Madras plague regulations in force outside the Presidency town - Volume 7
Disease focus: Plague
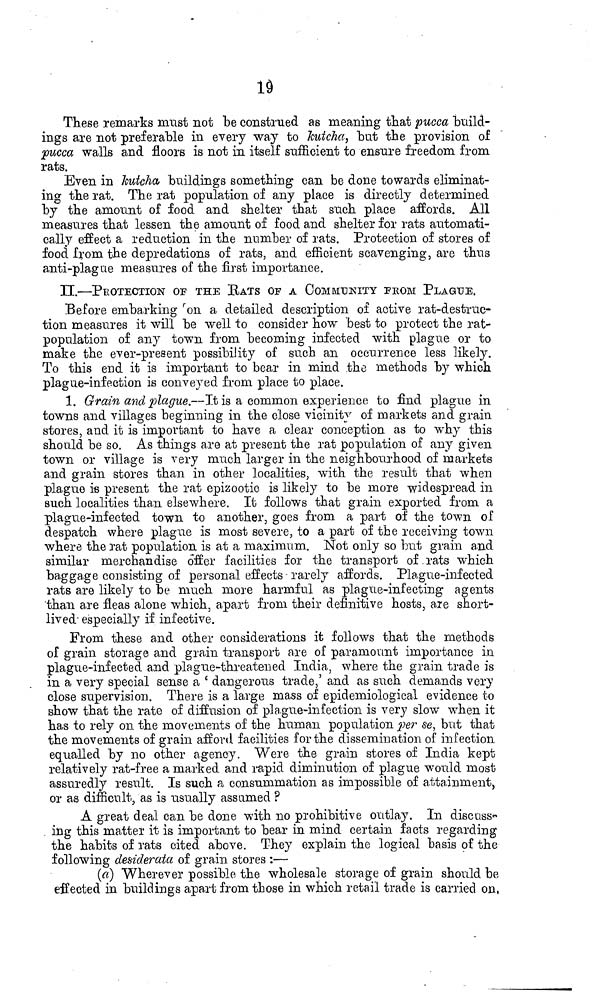
10
These remarks must not be construed as meaning that pucca "build-
ings are not preferable in every way to kutcha, but the provision of
pucca walls and floors is not in itself siifficient to ensure freedom from
rats.
Even in kutcha buildings something can be done towards eliminat-
ing the rat. The rat population of any place is directly determined
by the amount of food and shelter that such place affords. All
measures that lessen the amount of food and shelter for rats automati-
cally effect a reduction in the number of rats. Protection of stores of
food from the depredations of rats, and efficient scavenging, are thus
anti-plague measures of the first importance.
U,—PROTECTION OP THE BATS OF A COMMUNITY FROM PLAGUE.
Before embarking r on a detailed description of active rat-destruc-
tion measures it will be well to consider how best to protect the rat-
population of any town from becoming infected with plague or to
make the ever-present possibility of such an occurrence less likely.
To this end it is important to bear in mind the methods by which
plague-infection is conveyed from place to place.
1. G'rain and plague.—It is a common experience to find plague in
towns and villages beginning in the close vicinity of markets and grain
stores, and it is important to have a dear conception as to why this
should be so. As things are at present the rat population of any given
town or village is very much larger in the neighbourhood of markets
and grain stores than in other localities, with the result that when
plague is present the rat epizootic is likely to be more widespread in
such localities than elsewhere. It follows that grain exported from a
plague-infected town to another, goes from a part of the town of
despatch where plague is most severe, to a part of the receiving town
where the rat population is at a maximum. Not only so but grain and
similar merchandise offer facilities for the transport of rats which
baggage consisting of personal effects rarely affords. Plague-infected
rats are likely to be much more harmful as plague-infecting agents
than are fleas alone which, apart from their definitive hosts, a.ie short-
lived- especially if infective.
From these and other considerations it follows that the methods
of grain storage and grain transport are of paramount importance in
plague-infected and plague-threatened India, where the grain trade is
in a very special sense a ' dangerous trade,' and as such demands very
close supervision. There is a large mass of epidemiológica! evidence to
show that the rate of diffusion of pla.gue-infection is very slow when it
has to rely 011 the movements of the human population per se, but that
the movements of grain afford facilities for the dissemination of infection
equalled by no other agency. Were the grain stores of India kept
relatively rat-free a marked and rapid diminution of plague would most
assuredly result. Is such a consummation as impossible of attainment,,
or as difficult, as is usually assumed ?
A great deal can be done with no prohibitive outlay. In discuss»
ing this matter it is important to bear in mind certain facts regarding
the habits of rats cited above. They explain the logical basis of the
following desiderata of grain stores :-—
(ci) Wherever possible the wholesale storage of grain should bfi
effected in buildings apart from tliose in which retail trade is carried on,